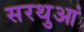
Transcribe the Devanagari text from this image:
सरथुआं